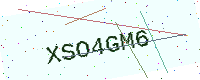
Text: XSO4GM6